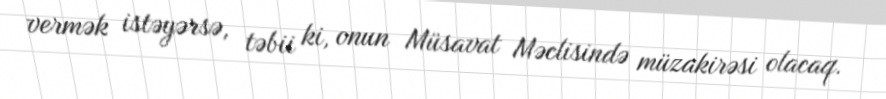
vermək istəyərsə, təbii ki, onun Müsavat Məclisində müzakirəsi olacaq.